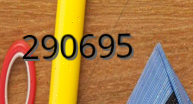
290695